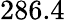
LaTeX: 286.4